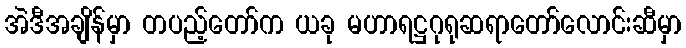
အဲဒီအချိန်မှာ တပည့်တော်က ယခု မဟာရဋ္ဌဂုရုဆရာတော်လောင်းဆီမှာ